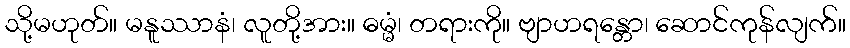
သို့မဟုတ်။ မနူဿာနံ၊ လူတို့အား။ ဓမ္မံ၊ တရားကို။ ဗျာဟရန္တော၊ ဆောင်ကုန်လျက်။